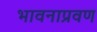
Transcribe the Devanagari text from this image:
भावनाप्रवण